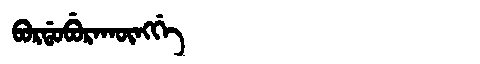
Manchu: ᠪᠣᡵᡩᠣᠪᡠᡵᠠᡴᡡᠩᡤᡝ
Romanization: BORDOBURAKŪNGGE